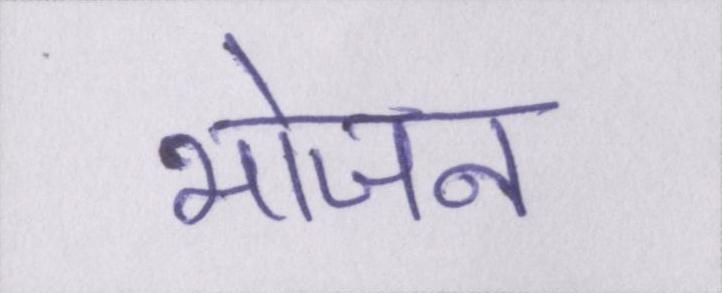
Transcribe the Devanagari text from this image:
भोजन